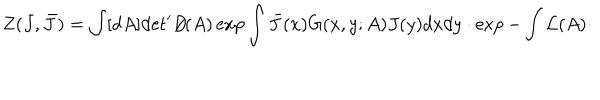
Z ( J , \bar { J } ) = \int [ d A ] \mathrm { d e t } ^ { \prime } D \! \! \! \! / ( A ) \exp \int \bar { J } ( x ) G ( x , y ; A ) J ( y ) d x d y \cdot \exp - \int { \cal L } ( A ) \cdot